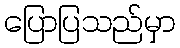
ပြောပြသည်မှာ